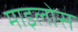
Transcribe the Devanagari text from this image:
माइलोस